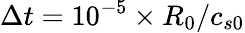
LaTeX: \Delta t=10^{-5}\times R_{0}/c_{s0}